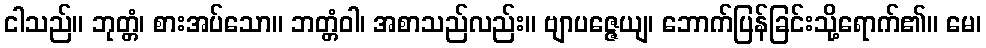
ငါသည်။ ဘုတ္တံ၊ စားအပ်သော။ ဘတ္တံဝါ၊ အစာသည်လည်း။ ဗျာပဇ္ဇေယျ၊ ဘောက်ပြန်ခြင်းသို့ရောက်၏။ မေ၊